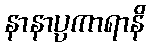
နာနာပ္ပကာရာနိ